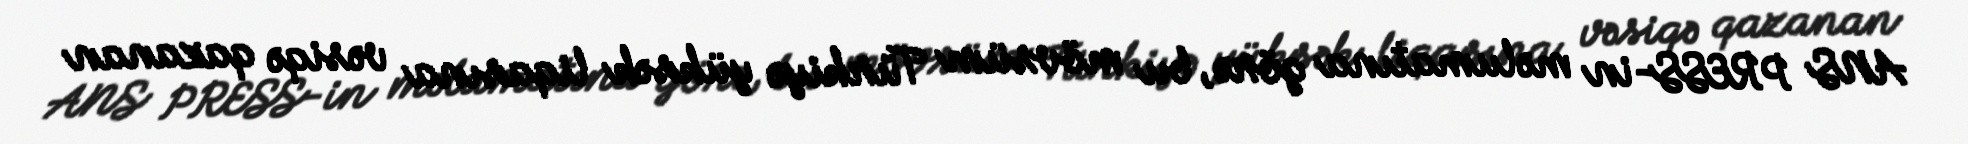
ANS PRESS-in məlumatına görə, bu mövsüm Türkiyə yüksək liqasına vəsiqə qazanan